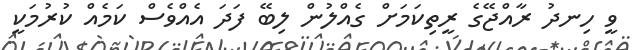
ވީ ހިނދު ރާއްޖޭގެ ރީތިކަމަށް ގެއްލުން ލިބޭ ފަދަ އެއްވެސް ކަމެއް ކުރުމަކީ